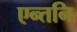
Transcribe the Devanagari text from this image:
एन्तनि